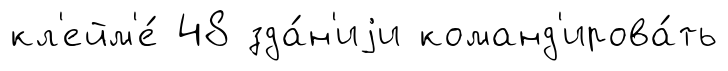
кл'ейм'е́ 48 зда́н'иjи команд'ирова́ть